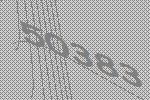
50383